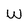
Character: w